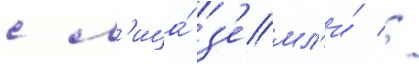
с л'ица́ з'емл'и́ //